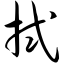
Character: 拭